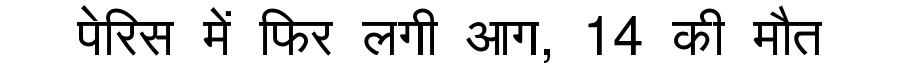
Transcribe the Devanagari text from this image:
पेरिस में फिर लगी आग, 14 की मौत